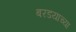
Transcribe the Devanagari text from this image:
बरडयाच्या